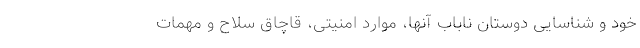
خود و شناسایی دوستان ناباب آنها، موارد امنیتی، قاچاق سلاح و مهمات